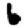
Digit: 6